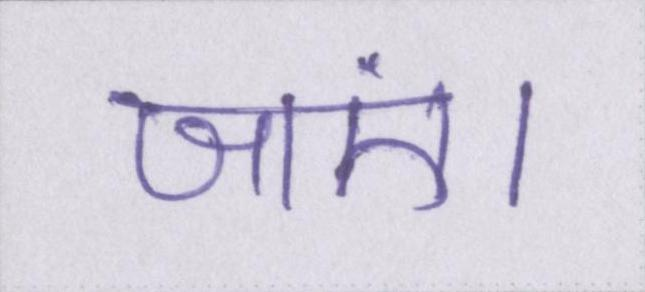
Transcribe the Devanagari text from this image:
जाएं।